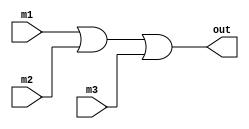
module or3 (
    m1, m2, m3, out
);
input m1,m2,m3;
output out;

wire m1, m2, m3;
reg out;

always @ (m1 or m2 or m3) 
begin
    out = m1 | m2 | m3;
end
    
endmodule